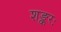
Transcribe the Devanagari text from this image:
शङ्करः